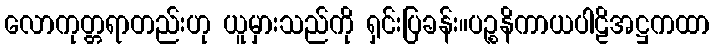
လောကုတ္တရာတည်းဟု ယူမှားသည်ကို ရှင်းပြခန်း။ပဉ္စနိကာယပါဠိအဋ္ဌကထာ